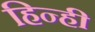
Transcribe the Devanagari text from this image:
हिन्ही